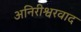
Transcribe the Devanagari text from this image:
अनिरीश्वरवाद